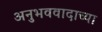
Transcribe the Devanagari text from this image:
अनुभववादाच्या